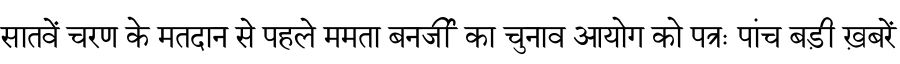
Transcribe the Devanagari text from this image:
सातवें चरण के मतदान से पहले ममता बनर्जी का चुनाव आयोग को पत्रः पांच बड़ी ख़बरें